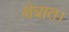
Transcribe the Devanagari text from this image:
क्षेत्रात।